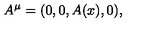
A ^ { \mu } = ( 0 , 0 , A ( x ) , 0 ) ,